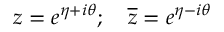
z = e ^ { \eta + i \theta } ; \quad \overline { { { z } } } = e ^ { \eta - i \theta }